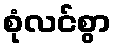
စုံလင်စွာ